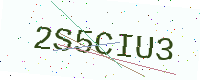
Text: 2S5CIU3